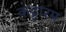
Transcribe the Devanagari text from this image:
कट्टारम